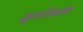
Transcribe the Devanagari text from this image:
मूलत्रिकोण